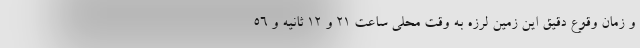
و زمان وقوع دقیق این زمین لرزه به وقت محلی ساعت ۲۱ و ۱۲ ثانیه و ۵۶